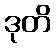
ဒုတိ